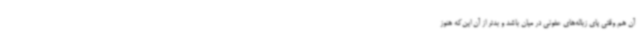
آن هم وقتی پای زباله‌های عفونی در میان باشد و بدتر از آن این‌که هنوز